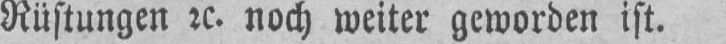
Rüstungen etc. noch weiter geworden ist.